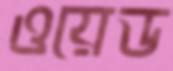
ওয়েড